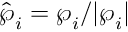
\hat { \boldsymbol { \wp } } _ { i } = \boldsymbol { \wp } _ { i } / | \boldsymbol { \wp } _ { i } |